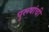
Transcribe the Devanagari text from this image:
पुरूषांची